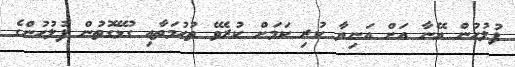
ފުލުހުން އޭނާ އަށް އަނިޔާ ކުރި ކަމަށް ކުރެވޭ ތުޙުމަތާއި ގުޅޭގޮތުން ފުލުހުންގެ